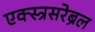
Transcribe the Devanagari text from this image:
एक्स्त्रसरेब्रल